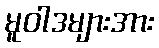
မူဝါဒများအား